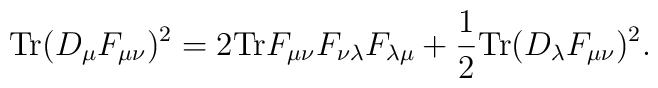
\mbox {Tr} (D_{\mu} F_{\mu \nu})^2 =2\mbox {Tr} F_{\mu \nu}F_{\nu \lambda}F_{\lambda \mu} +\frac{1}{2} \mbox {Tr} (D_{\lambda} F_{\mu \nu})^2 .